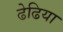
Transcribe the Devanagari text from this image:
ढेढिया